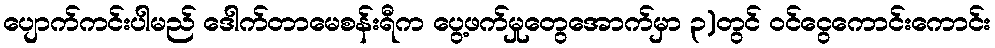
ပျောက်ကင်းပါမည် ဒေါက်တာမေစန်းရီက ပွေ့ဖက်မှုတွေအောက်မှာ ၃)တွင် ဝင်ငွေကောင်းကောင်း